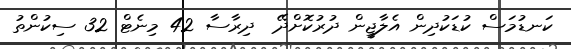
ކަނޑުމަސް ކުޑަކުދިން އެލާޖީން ދުރުކޮށްދޭ  ދިރާސާ 42 މިނެޓް 32 ސިކުންތު